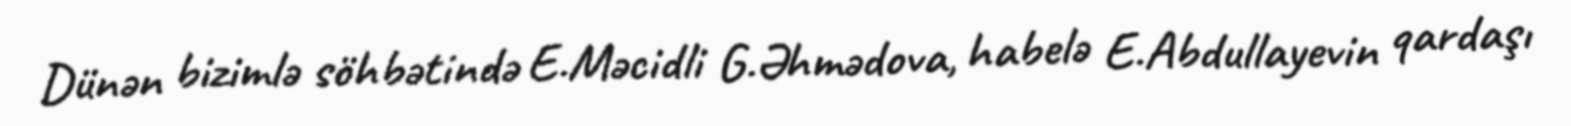
Dünən bizimlə söhbətində E.Məcidli G.Əhmədova, habelə E.Abdullayevin qardaşı